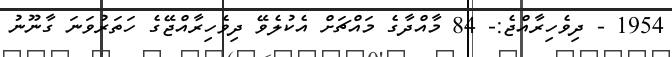
1954 - ދިވެހިރާއްޖެ:- 84 މާއްދާގެ މައްޗަށް އެކުލެވޭ ދިވެހިރާއްޖޭގެ ހަތަރުވަނަ ގާނޫނު